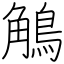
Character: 鵤